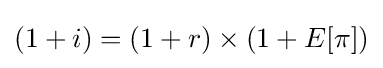
(1+i)=(1+r)\times (1+E[\pi ])